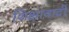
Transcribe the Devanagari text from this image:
शिक्षावादी